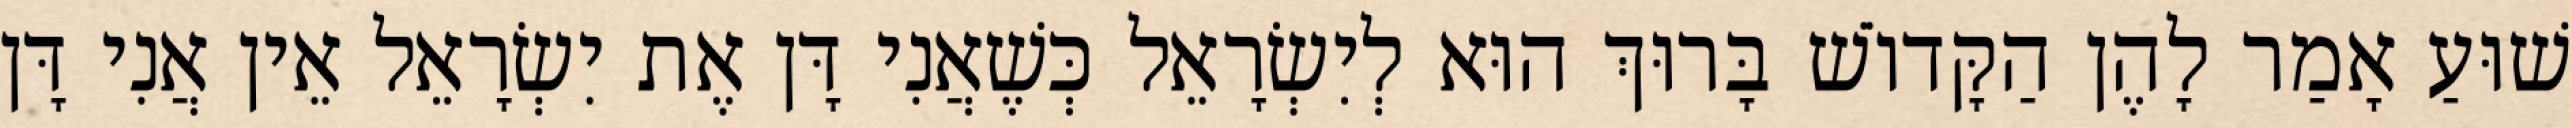
שׁוּעַ אָמַר לָהֶן הַקָּדוֹשׁ בָּרוּךְ הוּא לְיִשְׂרָאֵל כְּשֶׁאֲנִי דָּן אֶת יִשְׂרָאֵל אֵין אֲנִי דָּן